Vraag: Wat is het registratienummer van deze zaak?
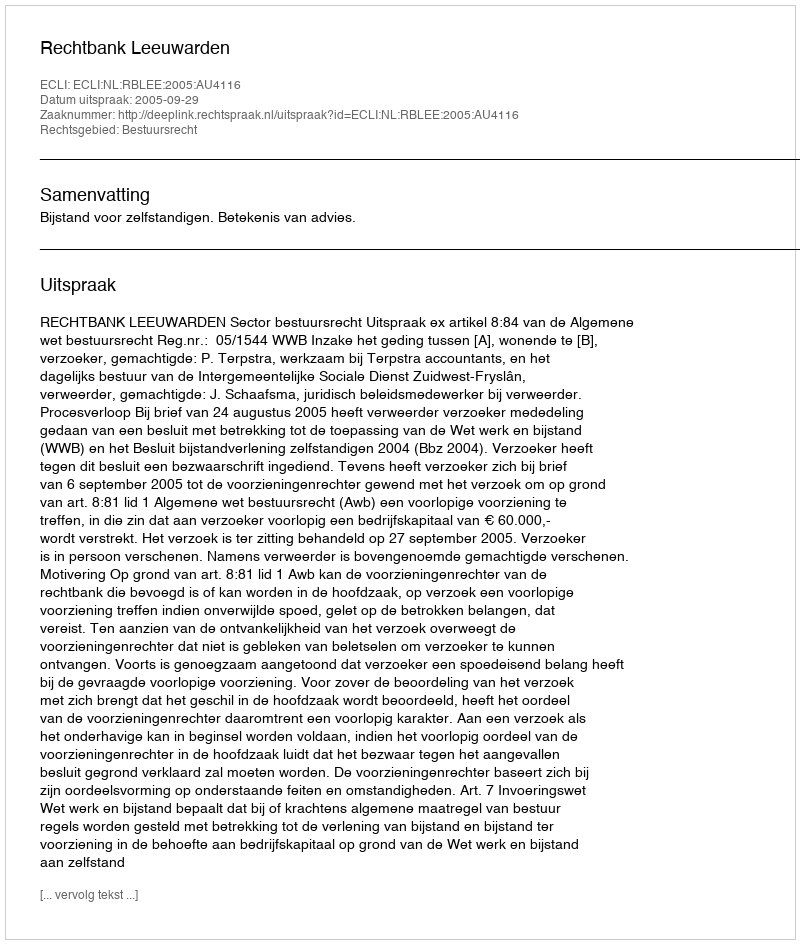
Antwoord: http://deeplink.rechtspraak.nl/uitspraak?id=ECLI:NL:RBLEE:2005:AU4116